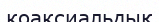
коаксиальдық